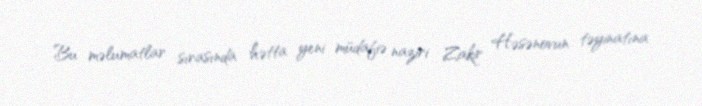
Bu məlumatlar sırasında hətta yeni müdafiə naziri Zakir Həsənovun təyinatına